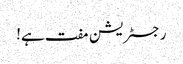
رجسٹریشن مفت ہے!